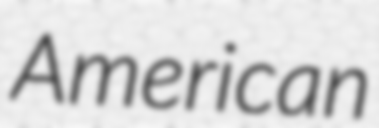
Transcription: American